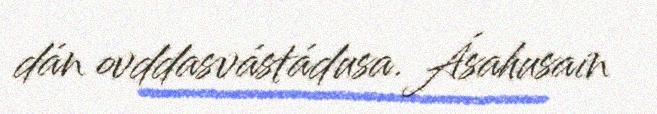
dán ovddasvástádusa. Ásahusain